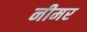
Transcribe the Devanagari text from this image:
नीमर